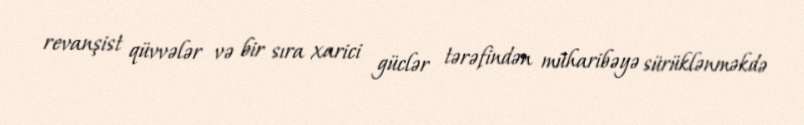
revanşist qüvvələr və bir sıra xarici güclər tərəfindən müharibəyə sürüklənməkdə